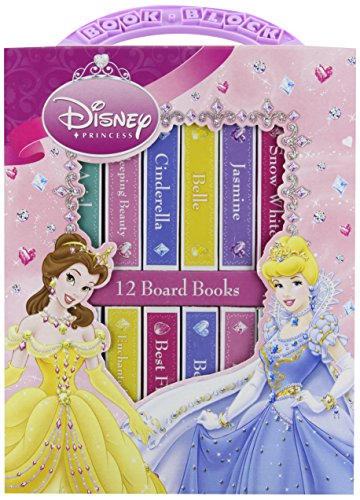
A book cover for Book Block: Disney Princess; Children's Books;